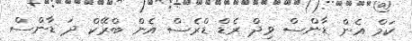
ކަމް އެން ޑާންސް ވިދް ރެޑް ޑްރެސް އެން ބްރޭކް ދަ ޑާންސް